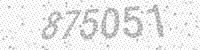
Solution: 875051